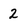
Character: 2